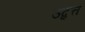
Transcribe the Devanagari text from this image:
उद्वृत्त